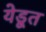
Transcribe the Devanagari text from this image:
येडूत